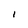
Character: I